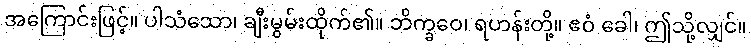
အကြောင်းဖြင့်။ ပါသံသော၊ ချီးမွမ်းထိုက်၏။ ဘိက္ခဝေ၊ ရဟန်းတို့။ ဧဝံ ခေါ၊ ဤသို့လျှင်။